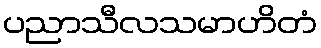
ပညာသီလသမာဟိတံ